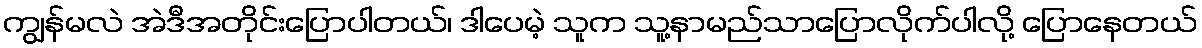
ကျွန်မလဲ အဲဒီအတိုင်းပြောပါတယ်၊ ဒါပေမဲ့ သူက သူ့နာမည်သာပြောလိုက်ပါလို့ ပြောနေတယ်